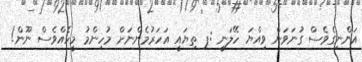
އަންނިގެވެސް ގުނަވަން ވިއްޔަ ހޭލަނީ :ޕ ތިޔައީ އަހަރުމެންނަށް މުހިންމު މީހެއްވެސް ނޫން!